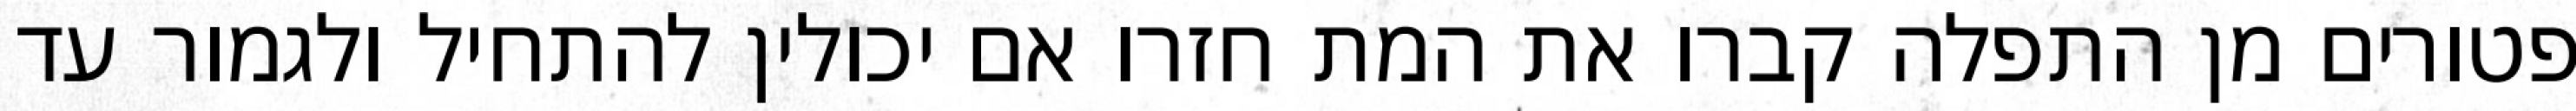
פטורים מן התפלה קברו את המת חזרו אם יכולין להתחיל ולגמור עד